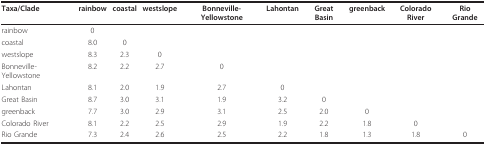
| Taxa/Clade | rainbow | coastal | westslope | Bonneville-Yellowstone | Lahontan | Great Basin | greenback | Colorado River | Rio Grande |
 | --- | --- | --- | --- | --- | --- | --- | --- | --- | --- |
 | rainbow | 0 |  |  |  |  |  |  |  |  |
 | coastal | 8.0 | 0 |  |  |  |  |  |  |  |
 | westslope | 8.3 | 2.3 | 0 |  |  |  |  |  |  |
 | Bonneville-Yellowstone | 8.2 | 2.2 | 2.7 | 0 |  |  |  |  |  |
 | Lahontan | 8.1 | 2.0 | 1.9 | 2.7 | 0 |  |  |  |  |
 | Great Basin | 8.7 | 3.0 | 3.1 | 1.9 | 3.2 | 0 |  |  |  |
 | greenback | 7.7 | 3.0 | 2.9 | 3.1 | 2.5 | 2.0 | 0 |  |  |
 | Colorado River | 8.1 | 2.2 | 2.5 | 2.9 | 1.9 | 2.2 | 1.8 | 0 |  |
 | Rio Grande | 7.3 | 2.4 | 2.6 | 2.5 | 2.2 | 1.8 | 1.3 | 1.8 | 0 |